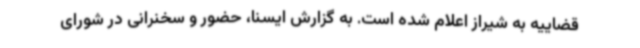
قضاییه به شیراز اعلام شده است. به گزارش ایسنا، حضور و سخنرانی در شورای